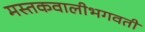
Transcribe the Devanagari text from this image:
मस्तकवालीभगवती